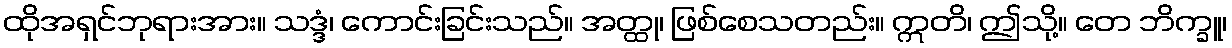
ထိုအရှင်ဘုရားအား။ သဒ္ဒံ၊ ကောင်းခြင်းသည်။ အတ္ထု၊ ဖြစ်စေသတည်း။ ဣတိ၊ ဤသို့။ တေ ဘိက္ခူ၊